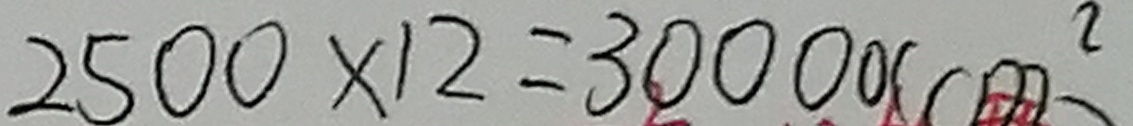
2 5 0 0 \times 1 2 = 3 0 0 0 0 ( c m ^ { 2 } )